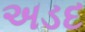
અડદ